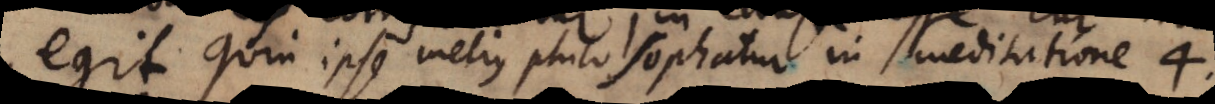
egit. Quin ipse melius philosophatur in meditatione 4.